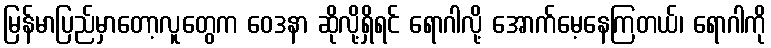
မြန်မာပြည်မှာတော့လူတွေက ဝေဒနာ ဆိုလို့ရှိရင် ရောဂါလို့ အောက်မေ့နေကြတယ်၊ ရောဂါကို